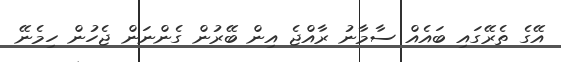
އޭގެ ތެރޭގައި ބައެއް ސާމާނު ރާއްޖެ އިން ބޭރުން ގެންނަން ޖެހުން ހިމެނޭ